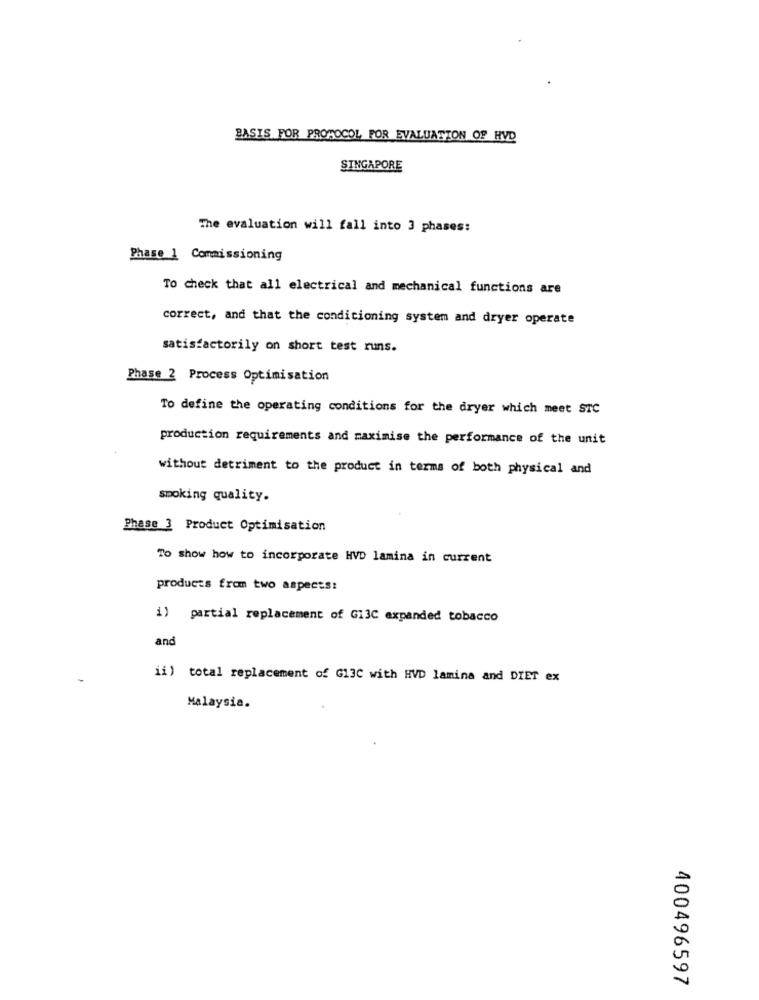
BASIS FOR PROTOCOL FOR EVALUATION OF HYD
SINGAPORE
The evaluation will fall into 3 phases:
Phase 1 Commissioning
To check that all electrical and mechanical functions are
correct, and that the conditioning system and dryer operate
satisfactorily on short test runs.
Phase 2 Process Optimisation
To define the operating conditions for the dryer which meet STC
production requirements and maximise the performance of the unit
without detriment to the product in terms of both physical and
smoking quality.
Phase 3 Product Optimisation
To show how to incorporate HVD lamina in current
products from two aspects:
1) partial replacement of G13C expanded tobacco
and
ii) total replacement of G13C with HVD lamina and DIET ex
Malaysia.
400496597